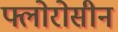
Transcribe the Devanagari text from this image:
फ्लोरोसीन